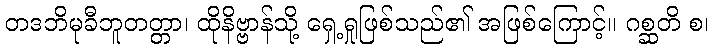
တဒဘိမုခီဘူတတ္တာ၊ ထိုနိဗ္ဗာန်သို့ ရှေ့ရှုဖြစ်သည်၏ အဖြစ်ကြောင့်။ ဂစ္ဆတိ စ၊